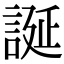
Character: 誕